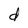
Character: d